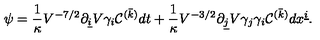
\psi = { \frac { 1 } { \kappa } } V ^ { - 7 / 2 } \partial _ { \underline { { i } } } V \gamma _ { i } { \cal C } ^ { ( \bar { k } ) } d t + { \frac { 1 } { \kappa } } V ^ { - 3 / 2 } \partial _ { \underline { { j } } } V \gamma _ { j } \gamma _ { i } { \cal C } ^ { ( \bar { k } ) } d x ^ { \underline { { i } } } . \nonumber \relax